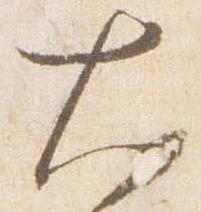
大